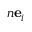
n \mathbf { e } _ { i }